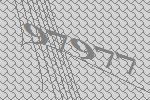
97977